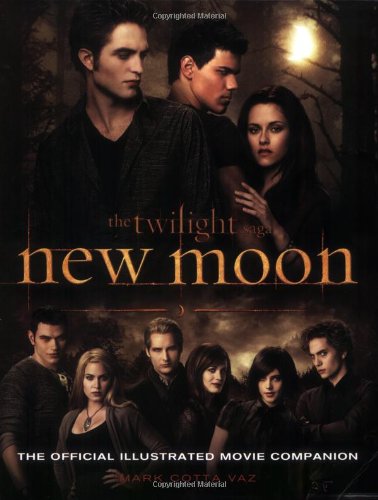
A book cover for The Twilight Saga: New Moon--The Official Illustrated Movie Companion; Mark Cotta Vaz; Teen & Young Adult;